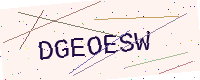
Text: DGEOESW